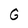
Character: G